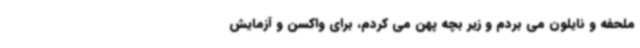
ملحفه و نایلون می بردم و زیر بچه پهن می کردم، برای واکسن و آزمایش